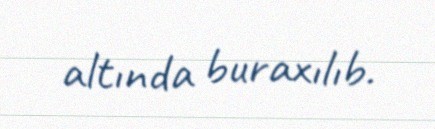
altında buraxılıb.